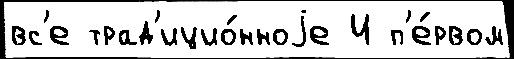
вс'е трад'ицио́нноjе И п'е́рвом